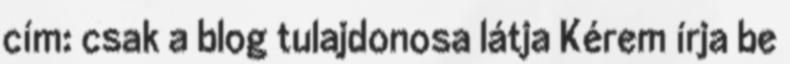
cím: csak a blog tulajdonosa látja Kérem írja be